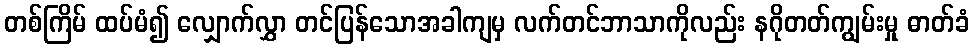
တစ်ကြိမ် ထပ်မံ၍ လျှောက်လွှာ တင်ပြန်သောအခါကျမှ လက်တင်ဘာသာကိုလည်း နဂိုတတ်ကျွမ်းမှု ဓာတ်ခံ